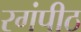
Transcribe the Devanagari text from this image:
रगंपीठ